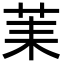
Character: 䒹